Vaccination in the Punjab 1905-1918 - 1905-1918
Year: 1905
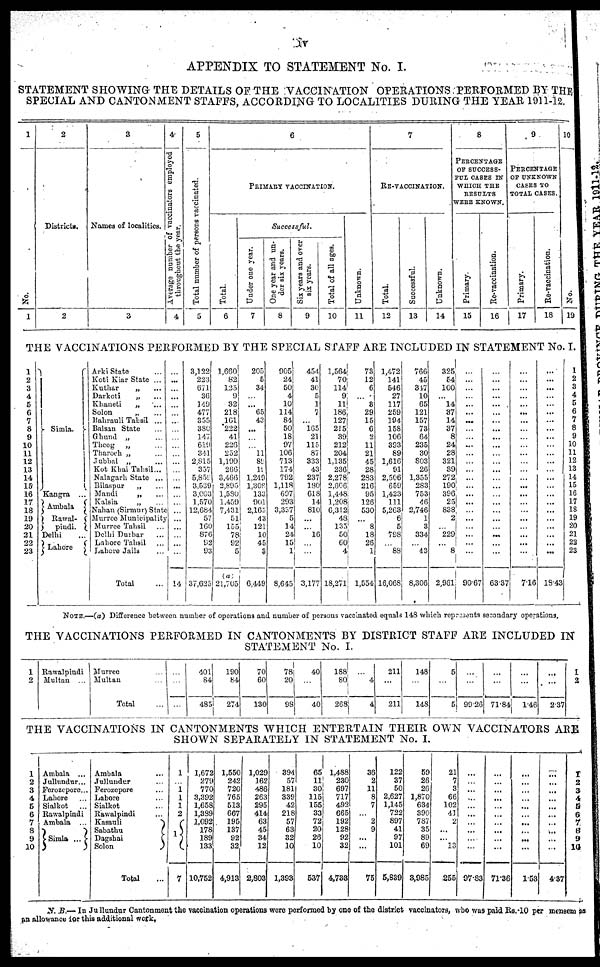
iv
APPENDIX TO STATEMENT No. I.
STATEMENT SHOWING THE DETAILS OF THE VACCINATION OPERATIONS PERFORMED BY THE
SPECIAL AND CANTONMENT STAFFS, ACCORDING TO LOCALITIES DURING THE YEAR 1911-12.
1
No.
1
2
Districts.
2
3
Names of localities.
3
4
Average number of vaccinators employed
throughout the year.
4
5
Total number of persons vaccinated.
5
6
PRIMARY VACCINATION.
Total.
6
Successful.
Under one year.
7
One year and un-
der six years.
8
Six years and over
six years.
9
Total of all ages.
10
Unknown.
11
7
RE-VACCINATION.
Total.
12
Successful.
13
Unknown.
14
8
PERCENTAGE
OF SUCCESS-
FUL CASES IN
WHICH THE
RESULTS
WERE KNOWN.
Primary.
15
Re-vaccination.
16
9
PERCENTAGE
OF UNKNOWN
CASES TO
TOTAL CASES.
Primary.
17
Re-vaccination.
18
10
No.
19
THE VACCINATIONS PERFORMED BY THE SPECIAL STAFF ARE INCLUDED IN STATEMENT No. I.
1
2
3
4
5
6
7
8
9
10
11
12
13
14
15
16
17
18
19
20
21
22
23
Simla.
Kangra ...
Ambala
Rawal¬
pindi.
Delhi ...
Lahore
Arki State ...
Koti Kiar State ...
Kuthar
„ ...
Darkoti
„ ...
Khaneti
„ ...
Solon
„ ...
Bahrauli Tahsil ...
Balsan State ...
Ghund „ ...
Theog „ ...
Tharoch „ ...
Jubbal „ ...
Kot Khai Tahsil ...
Nalagarh State ...
Bilaspur
„ ...
Mandi
„ ...
Kalsia
„ ...
Nahan (Sirmur) State
Murree Municipality
Murree Tahsil ...
Delhi Durbar ...
Lahore Tahsil ...
Lahore Jails ...
Total ...
...
...
...
...
...
...
...
...
...
...
...
...
...
...
...
...
...
...
...
...
...
...
...
14
3,122
223
671
36
149
477
355
380
147
619
341
2,815
357
5,859
3,539
3,003
1,570
12,684
57
160
876
92
93
37,625
1,660
82
125
9
32
218
161
222
41
226
252
1,199
266
3,466
2,895
1,580
1,459
7,431
51
155
78
92
5
(a)
21,705
205
5
34
...
...
65
43
...
...
...
11
89
19
1,249
1,308
133
901
2,165
43
121
10
45
3
6,449
905
24
50
4
10
114
84
50
18
97
106
713
174
792
1,118
697
293
3,337
5
14
24
15
1
8,645
454
41
30
5
1
7
...
165
21
115
87
333
43
237
180
618
14
810
...
...
16
...
...
3,177
l,564
70
114
9
11
186
127
215
39
212
204
1,135
236
2,278
2,606
l,448
1,208
6,312
48
135
50
60
4
18,271
73
12
6
...
8
29
15
6
2
11
21
45
28
283
216
95
126
530
...
8
18
26
1
1,554
1,472
141
546
27
117
259
194
158
106
393
89
1,616
91
2,506
659
1,423
111
5,263
6
5
798
...
88
16,068
766
45
347
10
65
121
157
73
64
235
30
803
26
1,355
283
753
46
2,746
1
3
334
...
43
8,306
325
54
100
...
14
37
14
37
8
24
28
321
39
272
190
396
25
838
2
...
229
...
8
2,961
...
...
...
...
...
...
...
...
...
...
...
...
...
...
...
...
...
...
...
...
...
...
...
90.67
...
...
...
...
...
...
...
...
...
...
...
...
...
...
...
...
...
...
...
...
...
...
63.7
...
...
...
...
...
...
...
...
...
...
...
...
...
...
...
...
...
...
...
...
...
...
...
7.16
...
...
...
...
...
...
...
...
...
...
...
...
...
...
...
...
...
...
...
...
...
...
...
18.43
1
2
3
4
5
6
7
8
9
10
11
12
13
14
15
16
17
18
19
20
21
22
23
NOTE.—(a) Difference between number of operations and number of persons vaccinated equals 148 which represents secondary operations.
THE VACCINATIONS PERFORMED IN CANTONMENTS BY DISTRICT STAFF ARE INCLUDED IN
STATEMENT No. I.
1
2
Rawalpindi
Multan ...
Murree
Multan
Total
...
...
401
84
485
190
84
274
70
60
130
78
20
98
40
...
40
188
80
268
...
4
4
211
...
211
148
...
148
5
...
5
...
...
99.26
...
...
71.84
...
...
1.46
...
...
2.37
1
2
THE VACCINATIONS IN CANTONMENTS WHICH ENTERTAIN THEIR OWN VACCINATORS ARE
SHOWN SEPARATELY IN STATEMENT No. I.
1
2
3
4
5
6
7
8
9
10
Ambala ...
Jullundur...
Ferozepore...
Lahore
Sialkot
...
Rawalpindi
Ambala ...
Simla ...
Ambala ...
Jullundur ...
Ferozepore ...
Lahore ...
Sialkot ...
Rawalpindi ...
Kasauli
...
Sabathu
...
Dagshai
...
Solon
...
Total ...
...
1
1
1
2
1
7
1,672
279
770
3,392
1,658
1,389
1,092
178
189
133
10,752
1,550
242
720
765
513
667
195
137
92
32
4,913
1,029
162
486
263
295
414
63
45
34
12
2,803
394
57
181
339
42
218
57
63
32
10
1,393
65
11
30
115
155
33
72
20
26
10
537
1,488
230
697
717
492
665
192
128
92
32
4,733
36
2
11
8
7
...
2
9
...
...
75
122
37
50
2,627
1,145
722
897
41
97
101
5,839
59
26
26
1,870
634
390
787
35
89
69
3,985
21
7
3
66
102
41
2
...
...
13
255
...
...
...
...
...
...
...
...
...
...
97.83
...
...
...
...
...
...
...
...
...
...
71.36
...
...
...
...
...
...
...
...
...
...
1.53
...
...
...
...
...
...
...
...
...
...
4.37
1
2
3
4
5
6
7
8
9
10
N. B.— In Jullundur Cantonment the vaccination operations were performed by one of the district vaccinators, who was paid Rs.10 per mensem as
an allowance for this additional work.